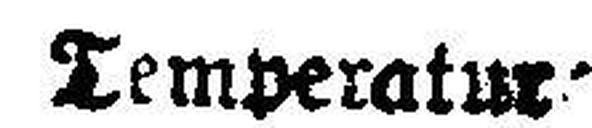
Temperatur